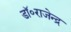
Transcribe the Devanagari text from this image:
डॉ॰राजेन्द्र